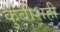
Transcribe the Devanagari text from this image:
कुबीशही